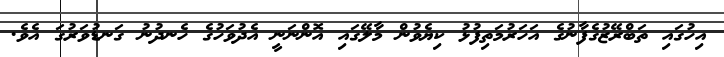
އިހުގައި ތަބްރޭޒުގެފާނުގެ އަހަރުމަތިފުޅު ކިޔެވުން މާލޭގައި އޮންނަނީ އެދުވަހުގެ ހެނދުނު ގަނޑުވަރުގަ އެވެ.